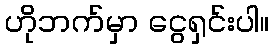
ဟိုဘက်မှာ ငွေရှင်းပါ။